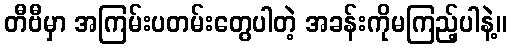
တီဗီမှာ အကြမ်းပတမ်းတွေပါတဲ့ အခန်းကိုမကြည့်ပါနဲ့။